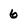
Character: 6